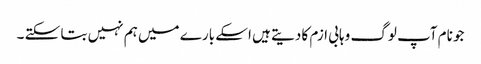
جو نام آپ لوگ وہابی ازم کا دیتے ہیں اسکے بارے میں ہم نہیں بتا سکتے ۔